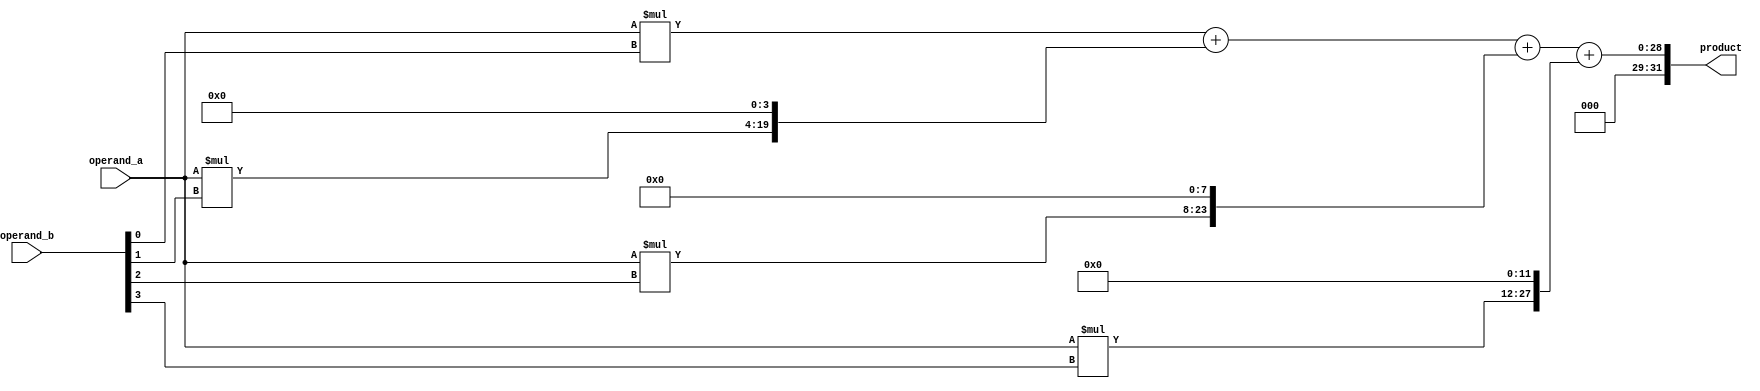
module booth_multiplier(
    input [15:0] operand_a,
    input [15:0] operand_b,
    output reg [31:0] product
);

reg [15:0] partial_product1, partial_product2, partial_product3, partial_product4;
reg [31:0] sum;

always @(*) begin
    partial_product1 = operand_a * operand_b[0];
    partial_product2 = operand_a * operand_b[1];
    partial_product3 = operand_a * operand_b[2];
    partial_product4 = operand_a * operand_b[3];
    
    sum = partial_product1 + (partial_product2 << 4) + (partial_product3 << 8) + (partial_product4 << 12);
    product = sum;
end

endmodule